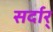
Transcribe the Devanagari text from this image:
सर्दार्